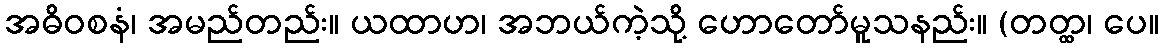
အဓိဝစနံ၊ အမည်တည်း။ ယထာဟ၊ အဘယ်ကဲ့သို့ ဟောတော်မူသနည်း။ (တတ္ထ၊ ပေ။